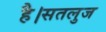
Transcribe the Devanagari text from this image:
है।सतलुज